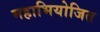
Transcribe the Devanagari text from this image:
महाभियोजित